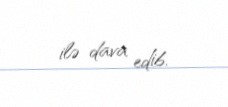
ilə dava edib.